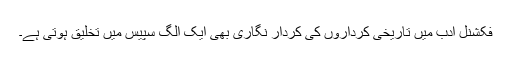
فکشنل ادب میں تاریخی کرداروں کی کردار نگاری بھی ایک الگ سپیس میں تخلیق ہوتی ہے۔